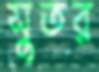
সুতর